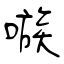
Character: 嗾